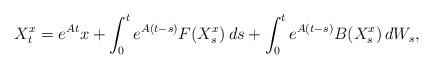
LaTeX: \begin{align*}X^x_t =e^{ A t } x+\int_0^te^{ A (t - s) }F( X^x_s )\,ds+\int_0^te^{ A (t - s) }B( X^x_s )\,dW_s,\end{align*}